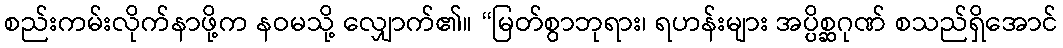
စည်းကမ်းလိုက်နာဖို့က နဝမသို့ လျှောက်၏။ “မြတ်စွာဘုရား၊ ရဟန်းများ အပ္ပိစ္ဆဂုဏ် စသည်ရှိအောင်